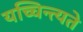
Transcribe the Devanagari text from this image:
यच्चिन्त्यते